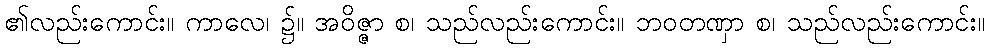
၏လည်းကောင်း။ ကာလေ၊ ၌။ အဝိဇ္ဇာ စ၊ သည်လည်းကောင်း။ ဘဝတဏှာ စ၊ သည်လည်းကောင်း။